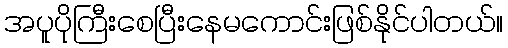
အပူပိုကြီးစေပြီးနေမကောင်းဖြစ်နိုင်ပါတယ်။